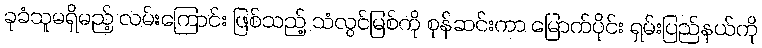
ခုခံသူမရှိမည့် လမ်းကြောင်း ဖြစ်သည့် သံလွင်မြစ်ကို စုန်ဆင်းကာ မြောက်ပိုင်း ရှမ်းပြည်နယ်ကို